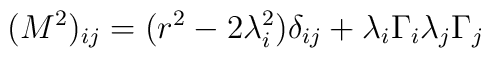
(M^2)_{ij} = (r^2 - 2 \lambda_i^2) \delta_{ij} + \lambda_i\Gamma_i \lambda_j\Gamma_j